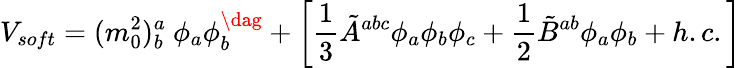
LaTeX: V_{soft}=(m_{0}^{2})_{b}^{a}~\phi_{a}\phi_{b}^{\dag}+\biggl[\frac{1}{3}{\tilde{A}}^{abc}\phi_{a}\phi_{b}\phi_{c}+\frac{1}{2}{\tilde{B}}^{ab}\phi_{a}\phi_{b}+h.c.\biggr]